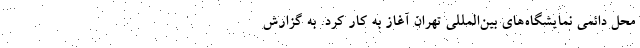
محل دائمی نمایشگاه‌های بین‌المللی تهران آغاز به کار کرد. به گزارش